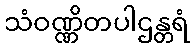
သံဝဏ္ဏိတပါဌန္တရံ